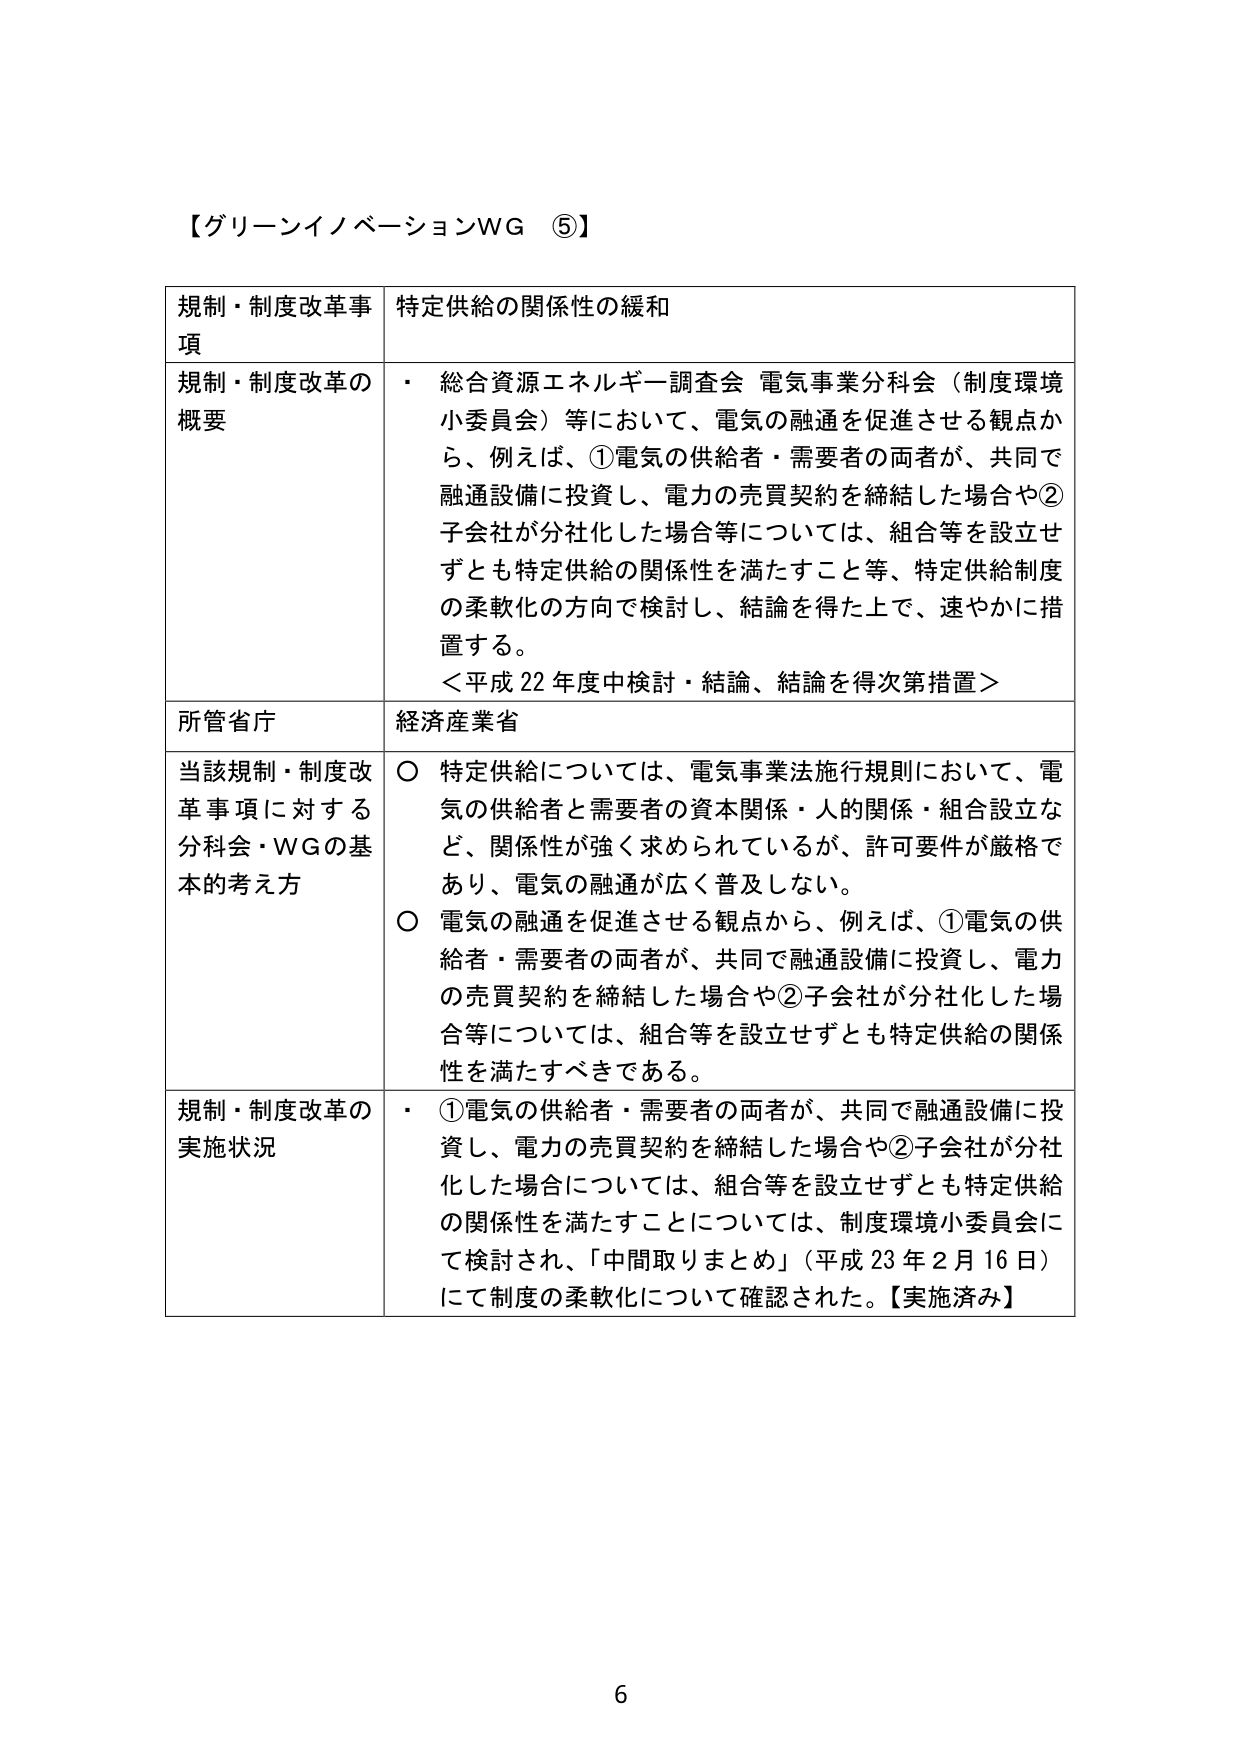
【グリーンイノベーションWG ⑤】

規制・制度改革事項　特定供給の関係性の緩和

規制・制度改革の概要
・ 総合資源エネルギー調査会 電気事業分科会（制度環境小委員会）等において、電気の融通を促進させる観点から、例えば、①電気の供給者・需要者の両者が、共同で融通設備に投資し、電力の売買契約を締結した場合や②子会社が分社化した場合等については、組合等を設立せずとも特定供給の関係性を満たすこと等、特定供給制度の柔軟化の方向で検討し、結論を得た上で、速やかに措置する。
＜平成22年度中検討・結論、結論を得次第措置＞

所管省庁　経済産業省

当該規制・制度改革事項に対する分科会・WGの基本的考え方
○ 特定供給については、電気事業法施行規則において、電気の供給者と需要者の資本関係・人的関係・組合設立など、関係性が強く求められているが、許可要件が厳格であり、電気の融通が広く普及しない。
○ 電気の融通を促進させる観点から、例えば、①電気の供給者・需要者の両者が、共同で融通設備に投資し、電力の売買契約を締結した場合や②子会社が分社化した場合等については、組合等を設立せずとも特定供給の関係性を満たすべきである。

規制・制度改革の実施状況
・ ①電気の供給者・需要者の両者が、共同で融通設備に投資し、電力の売買契約を締結した場合や②子会社が分社化した場合については、組合等を設立せずとも特定供給の関係性を満たすことについては、制度環境小委員会にて検討され、「中間取りまとめ」（平成23年2月16日）にて制度の柔軟化について確認された。【実施済み】

6